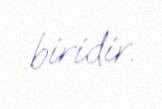
biridir.